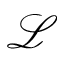
\mathcal { L }